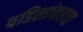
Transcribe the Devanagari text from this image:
वडिलांकडचा